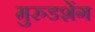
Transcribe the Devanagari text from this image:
मुरुडशेंग